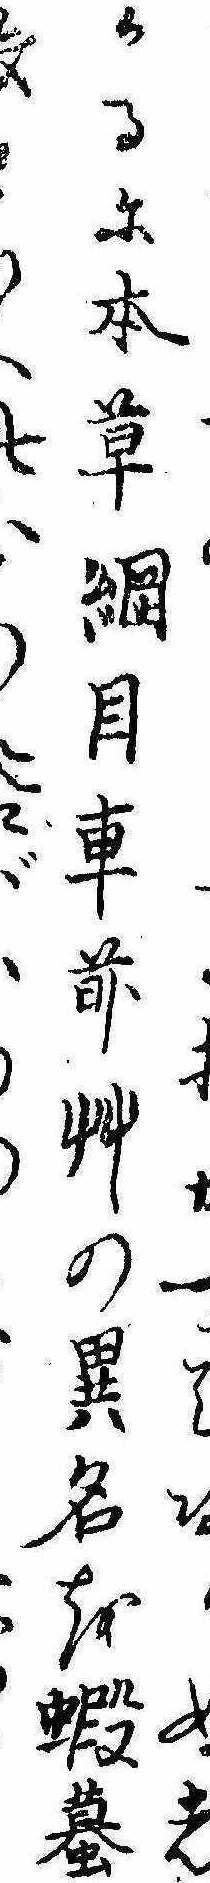
てぬしかるに本草綱目車前艸の異名を蝦蟇